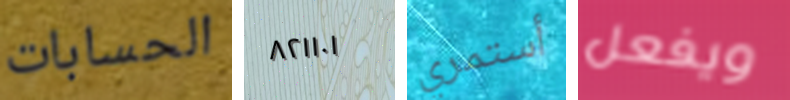
الحسابات ٨٢١١٠١ أستمري ويفعل